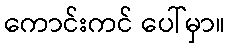
ကောင်းကင် ပေါ်မှာ။